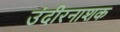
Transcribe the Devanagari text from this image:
उंदीरनाशक